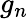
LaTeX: g_{n}